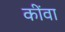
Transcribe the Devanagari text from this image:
कींवा